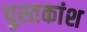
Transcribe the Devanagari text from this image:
पुस्तकांश